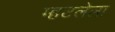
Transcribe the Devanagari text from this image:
म्हटलेला